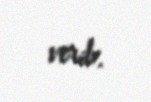
verib.